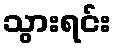
သွားရင်း